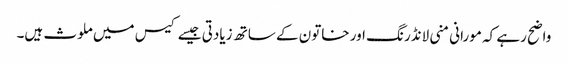
واضح رہے کہ مورانی منی لانڈرنگ اور خاتون کے ساتھ زیادتی جیسے کیس میں ملوث ہیں۔